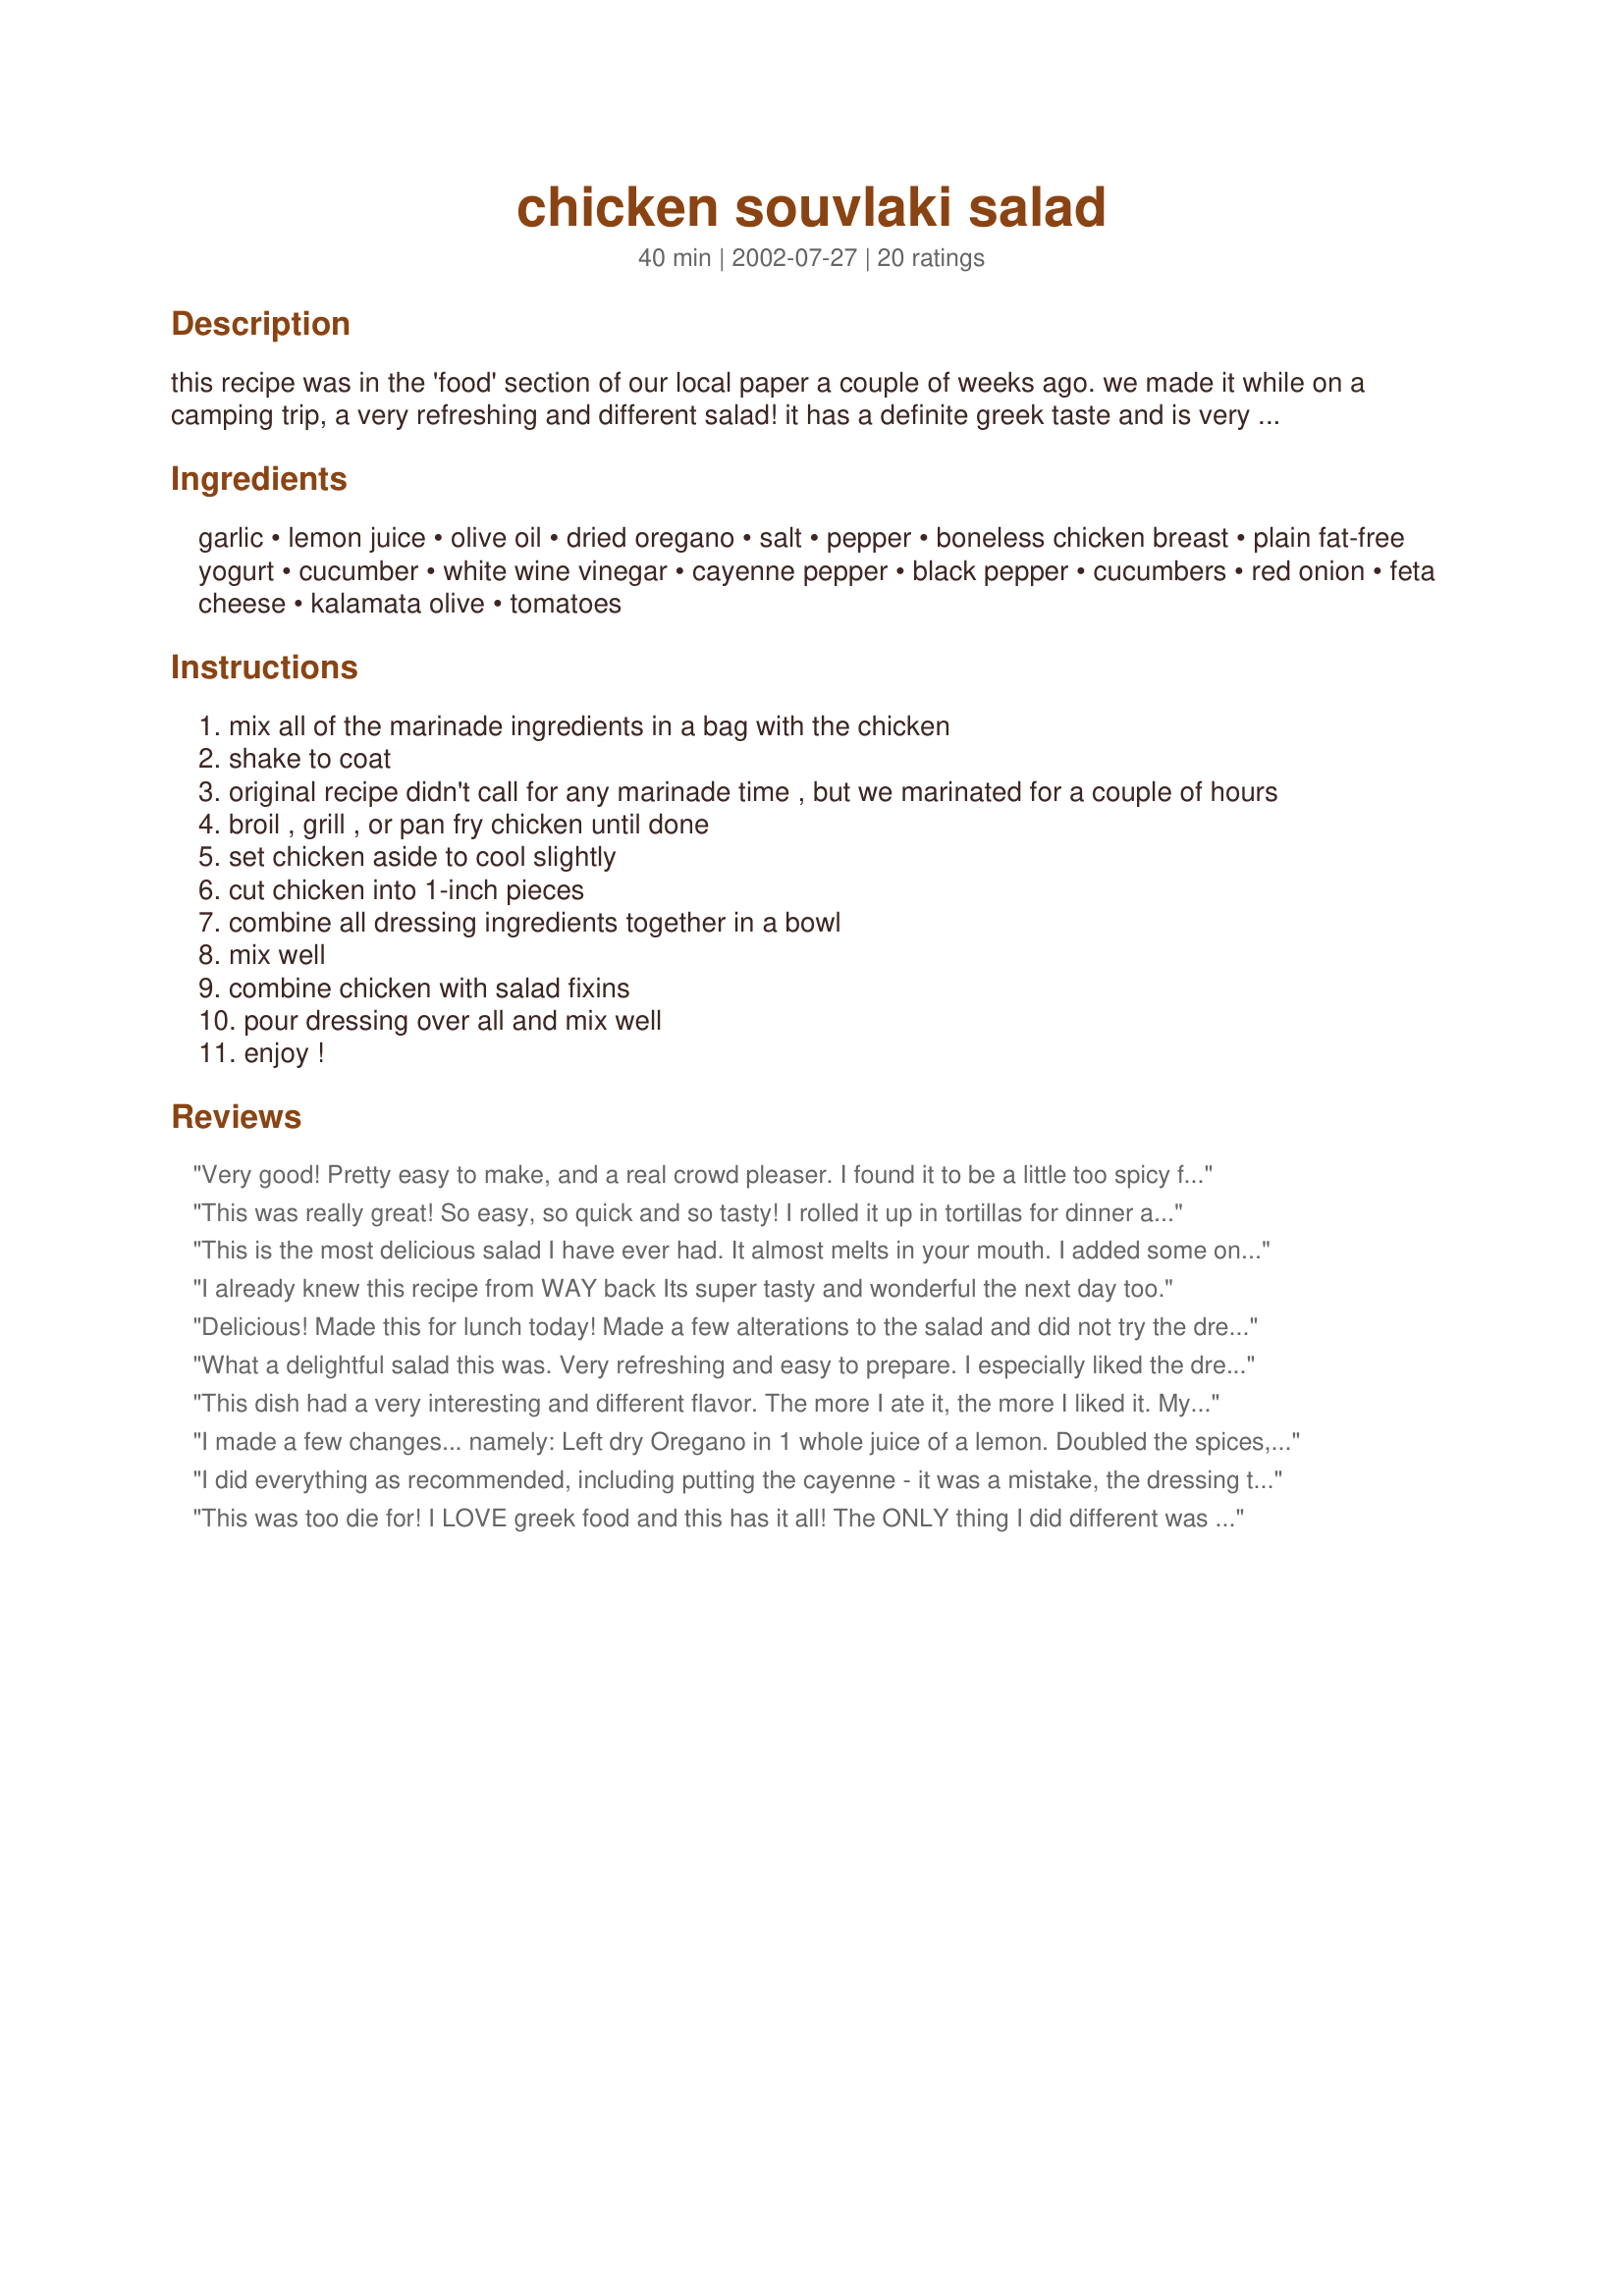
chicken souvlaki salad
Preparation time: 40 minutes

this recipe was in the 'food' section of our local paper a couple of weeks ago. we made it while on a camping trip, a very refreshing and different salad! it has a definite greek taste and is very low-cal! time does not include marinating (if you chose to do so).

Ingredients:
garlic, lemon juice, olive oil, dried oregano, salt, pepper, boneless chicken breast, plain fat-free yogurt, cucumber, white wine vinegar, cayenne pepper, black pepper, cucumbers, red onion, feta cheese, kalamata olive, tomatoes

Steps:
mix all of the marinade ingredients in a bag with the chicken
shake to coat
original recipe didn't call for any marinade time , but we marinated for a couple of hours
broil , grill , or pan fry chicken until done
set chicken aside to cool slightly
cut chicken into 1-inch pieces
combine all dressing ingredients together in a bowl
mix well
combine chicken with salad fixins
pour dressing over all and mix well
enjoy !

Reviews:
Very good! Pretty easy to make, and a real crowd pleaser. I found it to be a little too spicy for my taste. Next time I will halve the black pepper and cayenne pepper in the dressing. The marinade was delicious!
This was really great! So easy, so quick and so tasty! I rolled it up in tortillas for dinner and then the next day for lunch it was even better!
This is the most delicious salad I have ever had. It almost melts in your mouth. I added some onion powder and oregano to the dressing. I only had Red wine vinegar, so that what I used. I also used baby cucumber from Trader Joes. It was perfect. I will make this again and again.
I already knew this recipe from WAY back Its super tasty and wonderful the next day too.
Delicious! Made this for lunch today! Made a few alterations to the salad and did not try the dressing (used goddess instead) but made the meat as stated.... SO GOOD! Great low carb lunch! So easy and will make again very soon!
What a delightful salad this was. Very refreshing and easy to prepare. I especially liked the dressing. I served it with Arabian Pita Bread #17977. My hubby enjoyed it immensly, too! Thanks!
This dish had a very interesting and different flavor. The more I ate it, the more I liked it. My boyfriend liked it too. I will make it again.
I made a few changes... namely: Left dry Oregano in 1 whole juice of a lemon. Doubled the spices, herbs and Greek yoghurt for 4 chicken breasts chopped into shish size pieces and skewered and cooked with separate mushrooms coated in raw fresh garlic (*obviously less time is required). 3 - 4 hours to marinade chicken stirring twice (*longer would be better). Then cooked over a BBQ. Taste was sublime.
I did everything as recommended, including putting the cayenne - it was a mistake, the dressing turned out ot be far too hot, and the taste of the salad suffered as a result. Will try to reduce or avoid cayenne altogether next time - perhaps, it will be better.
This was too die for! I LOVE greek food and this has it all! The ONLY thing I did different was to use red wine vinegar because that was all I had on hand. This is fabulous served cold on lettuce leaves or in Pita bread. I will be making this often! The ingredients are light and refreshing, and very healthy! I would give this more than 5 stars if I could! Bravo!

This was excellent! It was hard to scale down for just 1 but I managed! I used a little more olive oil & added some oregano & onion powder to the dressing. I will use more yogurt & cucumber so I can have more dressing cuz it was good! I didn't use any vinegar; I just spaced it! Lettuce isn't mentioned in the salad but I used about 1 1/2 cups, plus the cucumbers, red onions & low fat feta. Very, very good!
Really good! I ended up marinating the chicken for a couple hours, and since we do not have a grill, I just broiled the skewered chicken in the oven for 15 minutes. It came out perfectly. I had some leftover tzatziki sauce from a previous meal that I used instead of making the dressing, so I just put a bit on some greens along with the feta and vegetables. I served it all with some pita chips, and we we had a great, healthy meal. Thanks for sharing!
I really enjoyed making this, and found it very easy to do so. I've made it a couple of times. Once I put it over lettuce, and added both the tzatziki sauce and a dash of Newman's Lighten Up Rasberry and walnut salad dressing, and another time made it over a pita(minus the Newman's). Both times it was delicious!
When something that tastes this good is healthy too, it deserves 5 stars!! The chicken marinade is wonderful. At first it didn't seem like there was very much marinade, but it sticks to the chicken and provides more flavour than the type of marinade that gets poured away when you cook the chicken. I didn't have a lot of time to marinade, but the taste was still great, next time I'll have to see if it gets even better given a longer time. I liked the dressing too, bonus that it was lowfat. I had to substitute some veggies in the salad based on what was in the fridge, and I used a lowfat feta. Thanks for posting this one, MackinacBride, it's definitely a keeper!
Really good. I added more olive oil (the good stuff) and vinegar since we served this over greens.
I can't really rate this because I didn't make the dressing (didn't have the ingredients at the time). But, I really liked the marinade and used the chicken and salad recipe with another dressing. I pan fried the chicken.
Mmmmm....this was SO yummy. Hubby and I were in the mood for Greek food so I gave this a try and we were not disappointed. I used my Penzey's Greek seasoning blend in the marinade in place of the seasonings listed. It basically is the same stuff but with the addition of lemon peel and marjoram. I didn't have any cayenne for the dressing but honestly we didn't miss it. I cubed the chicken before marinating and then grilled it in my cast iron grill pan and it was delicious! We kept sneaking bites before I had the rest of the salad ready. Even my 3 yo DS loved it! We'll definitely be making this again. Thanks for a great recipe!
This salad is so good and filling. We liked it so much. The taste of the chicken is great. The chicken was moist. The dressing is perfect. Everything is just great all together. Thanks MackinacBride :) Made for Name that ingredient tag game
I can't get enough of this dish! 
I substituted red pepper flakes for the cayenne pepper because I ran out - turned out fine.

This was a delicious salad both hot and cold! The dressing was like a spicy tzatziki sauce which went very well, especially with the olives. I enjoyed stuffing this into halves of pita bread and eating it like a sandwich as well. Very tasty! Thanks for a wonderful recipe!
